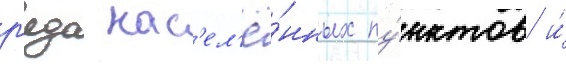
р'яда нас'ел'ё́нных пу́нктов и́